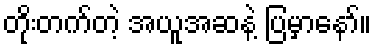
တိုးတက်တဲ့ အယူအဆနဲ့ ပြမှာနော်။